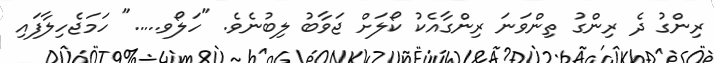
ރިންގު ދެ ރިންގު ތިންވަނަ ރިންގާއެކު ކޯލަށް ޖަވާބު ލިބުނެވެ. "ހަލޯވ....." ހަމަޖެހިލާފައި